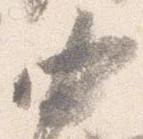
中